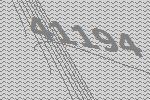
41194